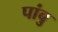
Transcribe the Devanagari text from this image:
पांबु